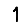
Digit: 1